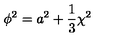
\phi ^ { 2 } = a ^ { 2 } + \frac { 1 } { 3 } \chi ^ { 2 }